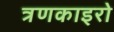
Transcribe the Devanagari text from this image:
त्रणकाइरो